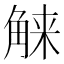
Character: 𰴤